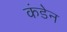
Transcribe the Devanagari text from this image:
कंडेन